Indian journal of veterinary science and animal husbandry - Volume 10,
Year: 1940
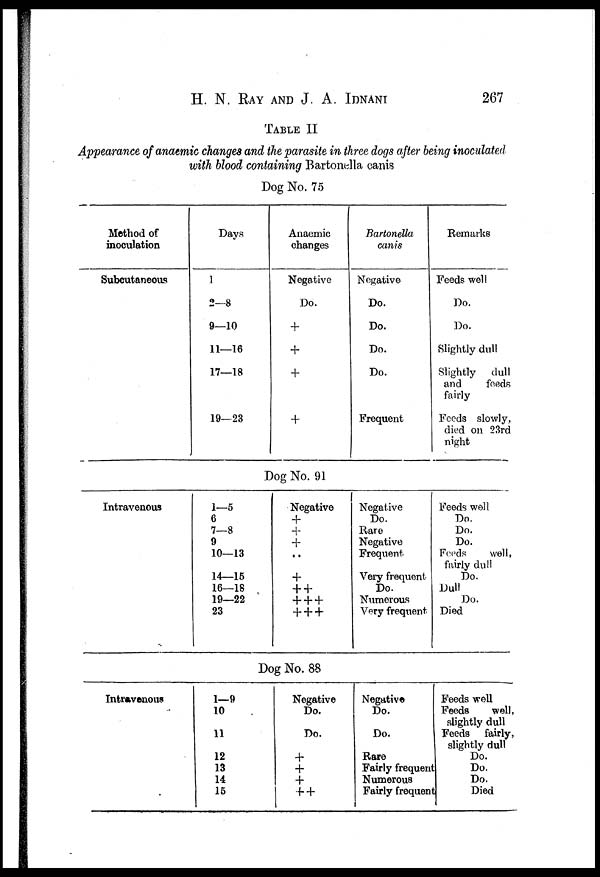
H. N. RAY AND J. A. IDNANI 267
TABLE II
Appearance of anaemic changes and the parasite in three dogs after being inoculated
with blood containing Bartonella canis
Dog No. 75
Method of
inoculation
Subcutaneous
Days
1
2—8
9—10
11—16
17—18
19—23
Anaemic
changes
Negative
Do.
+
+
+
+
Bartonella
canis
Negative
Do.
Do.
Do.
Do.
Frequent
Remarks
Feeds well
Do.
Do.
Slightly dull
Slightly
dull
and
feeds
fairly
Feeds slowly,
died on 23rd
night
Dog No. 91
Intravenous
1—5
6
7—8
9
10—13
14—15
16—18
19—22
23
Negative
+
+
+ . .
+
+ +
+ + +
+ + +
Negative
Do.
Rare
Negative
Frequent
Very frequent
Do.
Numerous
Very frequent
Feeds well
Do.
Do.
Do.
Feeds
well,
fairly dull
Do.
Dull
Do.
Died
Dog No. 88
Intravenous
1—9
10
11
12
13
14
15
Negative
Do.
Do.
+
+
+ ++
Negative
Do.
Do.
Rare
Fairly frequent
Numerous
Fairly frequent
Feeds well
Feeds
well,
slightly dull
Feeds
fairly,
slightly dull
Do.
Do.
Do.
Died